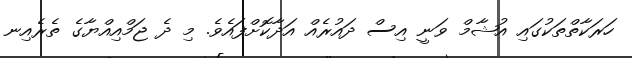
ހަރަކާތްތަކުގައި އުޝާމް ވަނީ އިސް ދައުރެއް އަދާކޮށްފައެވެ. މި ދެ ޖަމްއިއްޔާގެ ތެރެއިނ